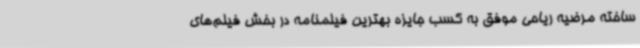
ساخته مرضیه ریاحی موفق به کسب جایزه بهترین فیلمنامه در بخش فیلم‌های